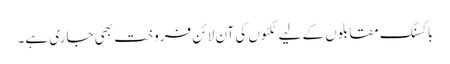
باکسنگ مقابلوں کے لیے ٹکٹوں کی آن لائن فروخت بھی جاری ہے۔